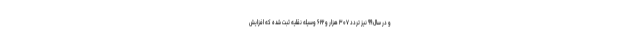
و در سال ۹۹ نیز تردد ۳۰۷ هزار و ۶۲۲ وسیله نقلیه ثبت شده که افزایش